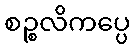
စဉ္စလိကပ္ပေ